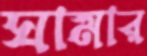
ঘামার